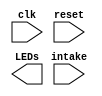
module OT_FSM(
    
    input clk,
    input reset,
    input [2:0] intake,
    //might need to be a register to accomodate multiple portions
    output LEDs
);
    
    reg[2:0] Current_State;
    reg[2:0] Next_State;
    
    //FSM declaration, initial state is standard_game
    // will need to figure out how to connect the standard game with the rest of the stuff
    localparam Standard_Game = 3'b000,
        // when game goes into overtime mode
        //or when neither player has advantage, "neutral"
        Overtime = 3'b001,
        // when player 1 has advantage
        p1_adv = 3'b010,
        // when Player 2 has advantage
        p2_adv = 3'b011,
        // player 1 wins
        p1_win = 3'b100,
        // player 2 wins
        p2_win = 3'b101;
    
    //Syntax weirdness FIX !!!!!!!!!!!!!!!!!!!!!!!!!!!!!!!!!!!!!!!!!!!!!!!!!!!!!!!!!!!!!!!!!!!!!!!!!!!!
    //assign Current_State <= 3'b000;
    assign Next_State = 3'b000;
    
    always@ (posedge clk) begin
        
        if(reset)
            Current_State <= Standard_Game;
        else
            Current_State <= Next_State;
        
           
    end
   
    //
    always@ (*) begin
    
        Next_State = Current_State;
        
        case (Current_State)
            Standard_Game : begin
                //score is not tied at 12-12, game continues
                if(intake == 3'b000) Next_State = Standard_Game;
                
                //score tied at 12-12, overtime starts
                if (intake == 3'b001) Next_State = Overtime;
                
                // player 1 scored 13 points and player 2 not at 12 points
                if (intake == 3'b100) Next_State = p1_win;
                
                //player 2 scored 13 points and player 1 not at 12 points
                if (intake == 3'b101) Next_State = p2_win;
            end
            
            Overtime : begin
                // player 1 scores
                if (intake == 3'b010) Next_State = p1_adv;
                
                //player 2 scores
                if (intake == 3'b011) Next_State = p2_adv;
            end
            
            //when Player 1 has advantage
            p1_adv : begin
                //might need changing on the checked for value of intake, as depending on how we communicate
                // the score, it may need to be checking for 011
                //player 2 scores setting game back to neutral
                if (intake == 3'b001) Next_State = Overtime;
                
                //player 1 scores, winning
                if (intake == 3'b010) Next_State = p1_win;
           end     
          
           p2_adv : begin
              //might need changing on the checked for value of intake, as depending on how we communicate
              // the score, it may need to be checking for 010, currently looking for overtime signal
              //player 1 scores setting game back to neutral
              if (intake == 3'b001) Next_State = Overtime;
              
              //player 2 scores, winning
              if (intake == 3'b011) Next_State = p2_win;
         end
         
         p1_win : begin
            //send stuff to the corresponding modules to be converted into feedback
            //such as with LEDs and the like
         end
            
        p2_win : begin
            //send stuff to the corresponding modules to be converted into feedback
            //such as with LEDs and the like
         end
      endcase
    end
    
    
endmodule